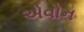
એવોન